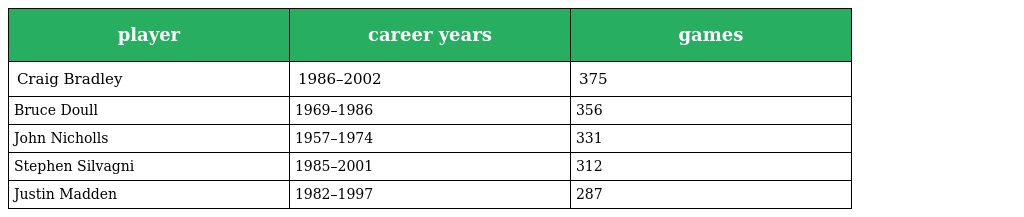
| player | career years | games |
 | --- | --- | --- |
 | Craig Bradley | 1986–2002 | 375 |
 | Bruce Doull | 1969–1986 | 356 |
 | John Nicholls | 1957–1974 | 331 |
 | Stephen Silvagni | 1985–2001 | 312 |
 | Justin Madden | 1982–1997 | 287 |